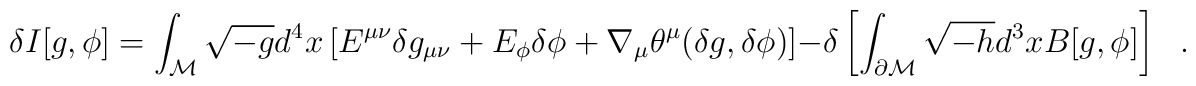
\delta I[g,\phi]=\int_{\cal M}\sqrt{-g} d^4x \left[E^{\mu\nu}\delta g_{\mu\nu} +E_\phi \delta \phi+\nabla_{\mu}\theta^\mu(\delta g,\delta \phi)\right]-\delta\left[\int_{\partial {\cal M}}\sqrt{-h} d^3x B[g,\phi]\right]~~~.